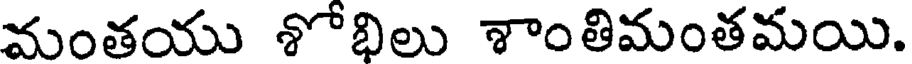
మంతయు శోభిలు శాంతిమంతమయి.